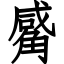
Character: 觱